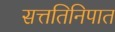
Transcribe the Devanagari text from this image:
सत्ततिनिपात